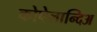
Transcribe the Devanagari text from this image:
कोपेलान्दिअ